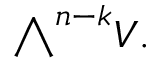
{ \textstyle \bigwedge } ^ { n - k } V .